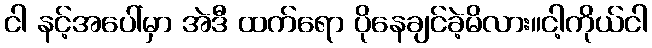
ငါ နင့်အပေါ်မှာ အဲဒီ ထက်ရော ပိုနေချင်ခဲ့မိလား။ငါ့ကိုယ်ငါ